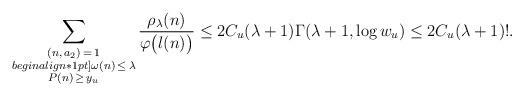
LaTeX: \begin{align*} \sum_{\substack {(n ,\, a_{2}) \, =\, 1 \\begin{align*}1pt] \omega(n) \, \le \, \lambda \\ P(n)\, \ge \, y_u }}\frac{\rho_{\lambda}(n)}{\varphi\big(\l(n)\big)}\le 2C_u (\lambda+1)\Gamma(\lambda+1,\log w_u ) \le 2C_u(\lambda + 1)!.\end{align*}